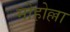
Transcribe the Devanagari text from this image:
मोहोल्ला